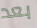
بعد